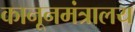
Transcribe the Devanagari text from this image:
कानूनमंत्रालय